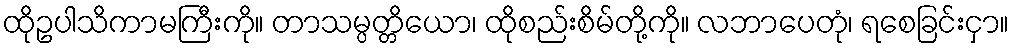
ထိုဥပါသိကာမကြီးကို။ တာသမ္ပတ္တိယော၊ ထိုစည်းစိမ်တို့ကို။ လဘာပေတုံ၊ ရစေခြင်းငှာ။